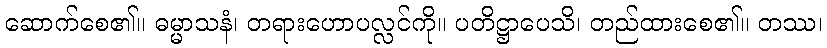
ဆောက်စေ၏။ ဓမ္မာသနံ၊ တရားဟောပလ္လင်ကို။ ပတိဋ္ဌာပေသိ၊ တည်ထားစေ၏။ တဿ၊